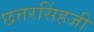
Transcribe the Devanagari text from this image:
छत्तरसिंहजी